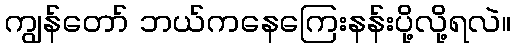
ကျွန်တော် ဘယ်ကနေကြေးနန်းပို့လို့ရလဲ။